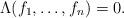
LaTeX: \begin{align*}\Lambda(f_1,\dots ,f_n)=0.\end{align*}